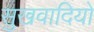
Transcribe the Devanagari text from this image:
सुखवादियों